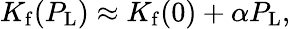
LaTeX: K_{\mathrm{f}}(P_{\mathrm{L}})\approx K_{\mathrm{f}}(0)+\alpha P_{\mathrm{L}},